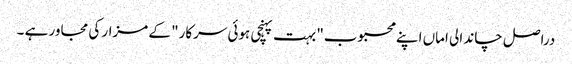
دراصل چاند الی اماں اپنے محبوب" بہت پہنچی ہوئی سرکار" کے مزار کی مجاور ہے ۔